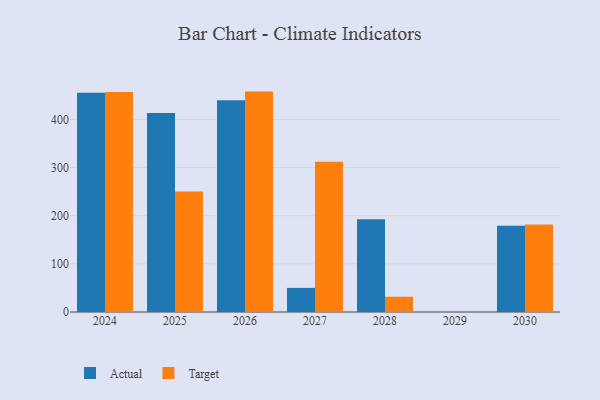
{"axis": {"x": "Year", "y": "Revenue (USD Million)"}, "legend": ["Actual", "Target"], "data": [{"x": "2027", "y": 50.1, "type": "Actual"}, {"x": "2027", "y": 312.3, "type": "Target"}, {"x": "2024", "y": 455.6, "type": "Actual"}, {"x": "2024", "y": 456.8, "type": "Target"}, {"x": "2030", "y": 179.3, "type": "Actual"}, {"x": "2030", "y": 181.8, "type": "Target"}, {"x": "2025", "y": 413.3, "type": "Actual"}, {"x": "2025", "y": 250.5, "type": "Target"}, {"x": "2026", "y": 440.0, "type": "Actual"}, {"x": "2026", "y": 457.8, "type": "Target"}, {"x": "2028", "y": 192.9, "type": "Actual"}, {"x": "2028", "y": 31.7, "type": "Target"}]}